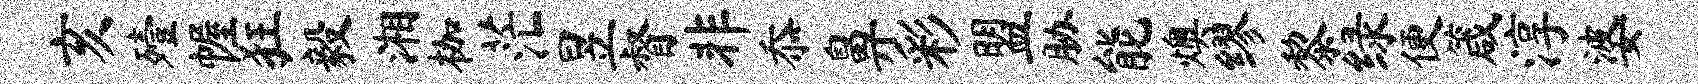
亥殪幄狂毅湘枷茫昱督非忝鼻彩盟胁能燠缪黎绿便箴淳婆